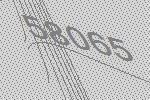
58065